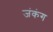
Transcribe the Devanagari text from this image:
जंकंग